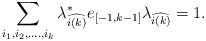
\begin{align*}\sum_{i_1,i_2,....,i_{k}}{\lambda}^*_{\widehat{i(k)}}e_{[-1,k-1]}\lambda_{\widehat{i(k)}} =1.\end{align*}